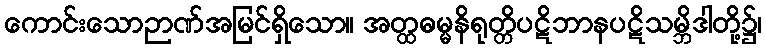
ကောင်းသောဉာဏ်အမြင်ရှိသော။ အတ္ထဓမ္မနိရုတ္တိပဋိဘာနပဋိသမ္ဘိဒါတို့၌၊